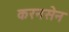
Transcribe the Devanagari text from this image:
करनसेन